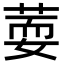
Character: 𦵘